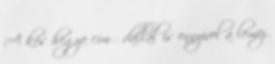
A kés hegye című dallal is ennyivel a lemez